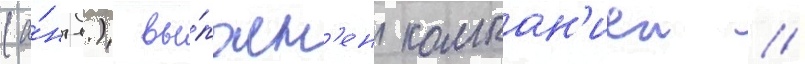
(а́нгл.) вы́полн'ен компан'иеи //